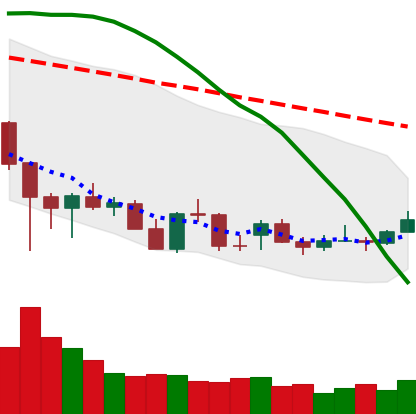
Ticker: ADA-USD
Chart end date: 2021-12-22
Forward return: 13.921%
Label: up_7plus